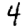
Digit: 4